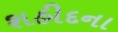
શહીદના